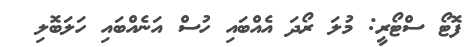
ފޮޓޯ ސްޓޯރީ: މުލަ ރޯދަ އެއްބައި ހުސް އަނެއްބައި ހަލަބޮލި